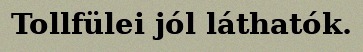
Tollfülei jól láthatók.